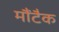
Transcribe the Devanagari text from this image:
मौंटैक